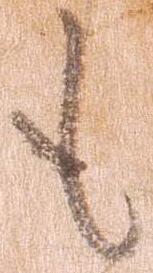
も